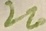
Text: 220